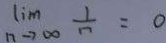
\lim _ { n \rightarrow \infty } \frac { 1 } { n } = 0